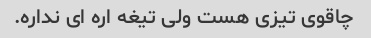
چاقوی تیزی هست ولی تیغه اره ای نداره.